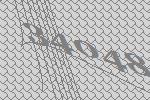
34048